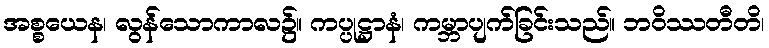
အစ္စယေန၊ လွန်သောကာလ၌။ ကပ္ပုဋ္ဌာနံ၊ ကမ္ဘာပျက်ခြင်းသည်။ ဘဝိဿတီတိ၊